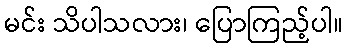
မင်း သိပါသလား၊ ပြောကြည့်ပါ။